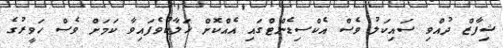
ޝިފާޒް ދުއްވި ސައިކަލު ވެސް އެކްސިޑެންޓްގައި އެއްކޮށް ހަލާކުވެފައިވާ ކަމަށް ވެސް ހަވީރުގެ